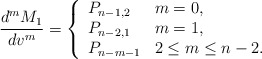
\begin{align*} \frac{d^mM_1}{dv^m}=\left\{ \begin{array}{ll} P_{n-1,2} & m=0,\\ P_{n-2,1} & m=1,\\ P_{n-m-1} & 2\leq m\leq n-2. \end{array}\right.\end{align*}